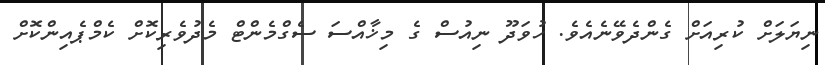
ނިޔަލަށް ކުރިއަށް ގެންދެވޭނެއެވެ. ހުވަދޫ ނިއުސް ގެ މިޚާއްސަ ސެގްމެންޓް މެދުވެރިކޮށް ކެމްޕެއިންކޮށް